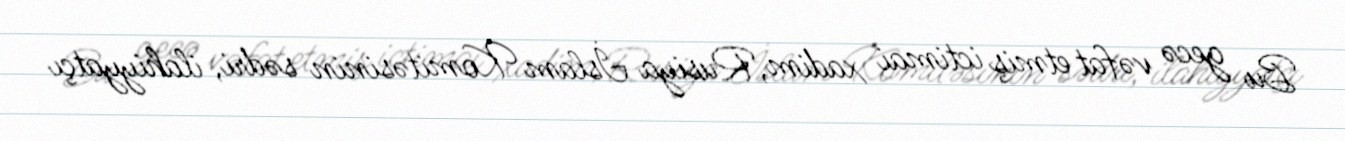
Bu gecə vəfat etmiş ictimai xadim, Rusiya İslam Komitəsinin sədri, ilahiyyatçı